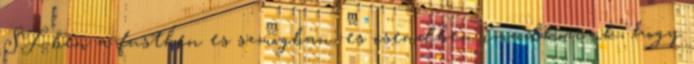
SF-ben a fustben es szmogban, es csendben imadkozunk, hogy